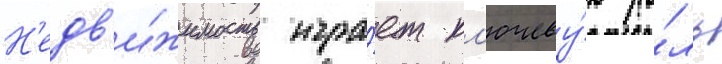
Н'едв'и́жимость игра́ет кл'ючеву́ю ро́ль